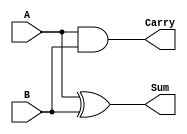
// This program was cloned from: https://github.com/Aryavardhan37/Verilog_codes
// License: MIT License

module half_adder(A,B,Sum,Carry);
input A,B;
output Sum,Carry;

xor U1(Sum,A,B);
and U2(Carry,A,B);

endmodule